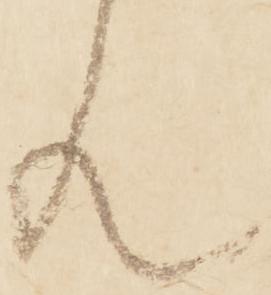
ん